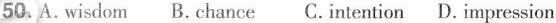
50.A.wisdom B. chance C.intention D. impression